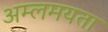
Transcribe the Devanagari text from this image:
अम्लमयता